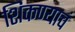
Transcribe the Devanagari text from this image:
शिकण्याचं